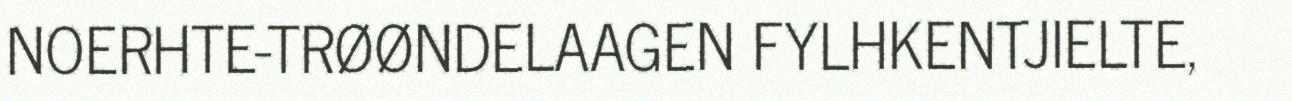
NOERHTE-TRØØNDELAAGEN FYLHKENTJIELTE,